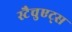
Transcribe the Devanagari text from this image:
स्टैचुएट्स